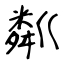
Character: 粼